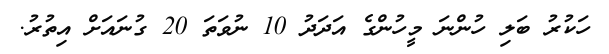
ހަކުރު ބަލި ހުންނަ މީހުންގެ އަދަދު 10 ނުވަތަ 20 ގުނައަށް އިތުރު.